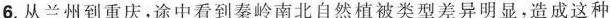
6.从兰州到重庆，途中看到秦岭南北自然植被类型差异明显，造成这种